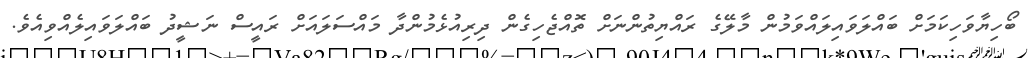
ބޯހިޔާވަހިކަމަށް ބައްލަވައިލައްވަމުން މާލޭގެ ރައްޔިތުންނަށް ތޮއްޖެހިގެން ދިރިއުޅެމުންދާ މައްސަލައަށް ރައީސް ނަޝީދު ބައްލަވައިލެއްވިއެވެ.